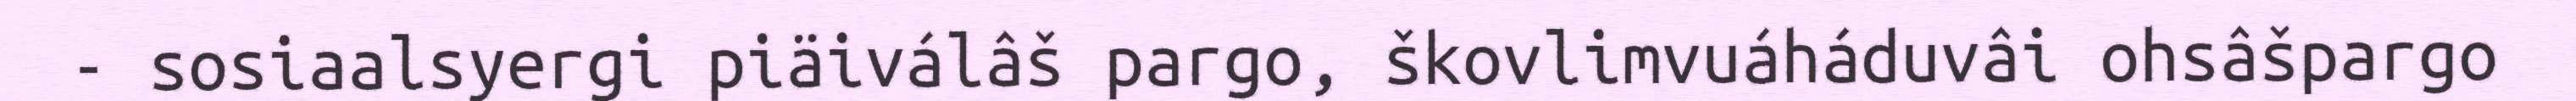
- sosiaalsyergi piäiválâš pargo, škovlimvuáháduvâi ohsâšpargo